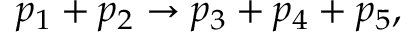
p _ { 1 } + p _ { 2 } \rightarrow p _ { 3 } + p _ { 4 } + p _ { 5 } ,